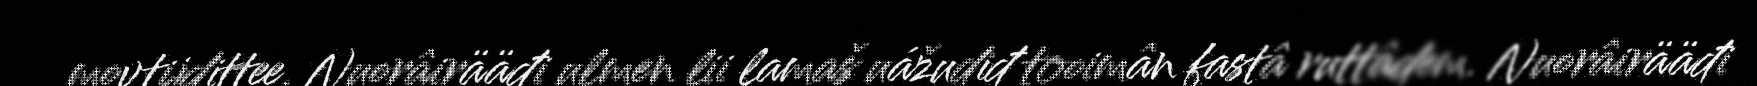
movtijdittee. Nuorâirääđi ulmen lii lamaš uážudiđ tooimân fastâ ruttâdem. Nuorâirääđi